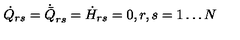
\dot { Q } _ { r s } = \dot { \bar { Q } } _ { r s } = \dot { H } _ { r s } = 0 , r , s = 1 \ldots N